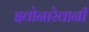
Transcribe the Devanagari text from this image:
झ्वोनारेवानीं